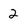
Character: 2